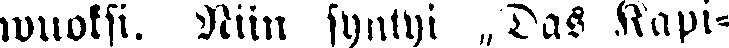
wuoksi. Niin syntyi „Das Kapi-